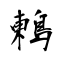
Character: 鶫